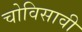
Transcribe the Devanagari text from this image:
चोविसावी